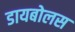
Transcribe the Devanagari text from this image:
डायबोलस